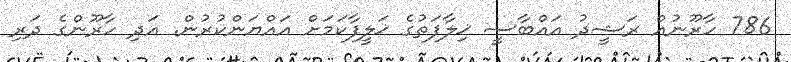
786 ހާރޫނުއް ރަޝީދު އައްބާސީ ޚިލާފަތުގެ ޚަލީފާކަމަށް އައްޔަންކުރުން. އަދި ހާރޫންގެ ދަރި